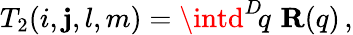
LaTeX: T_{2}(i,\mathbf{j},l,m)=\intd^{D}\! q\, \, {\mathbf{R}}(q)\, ,